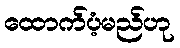
ထောက်ပံ့မည်ဟု